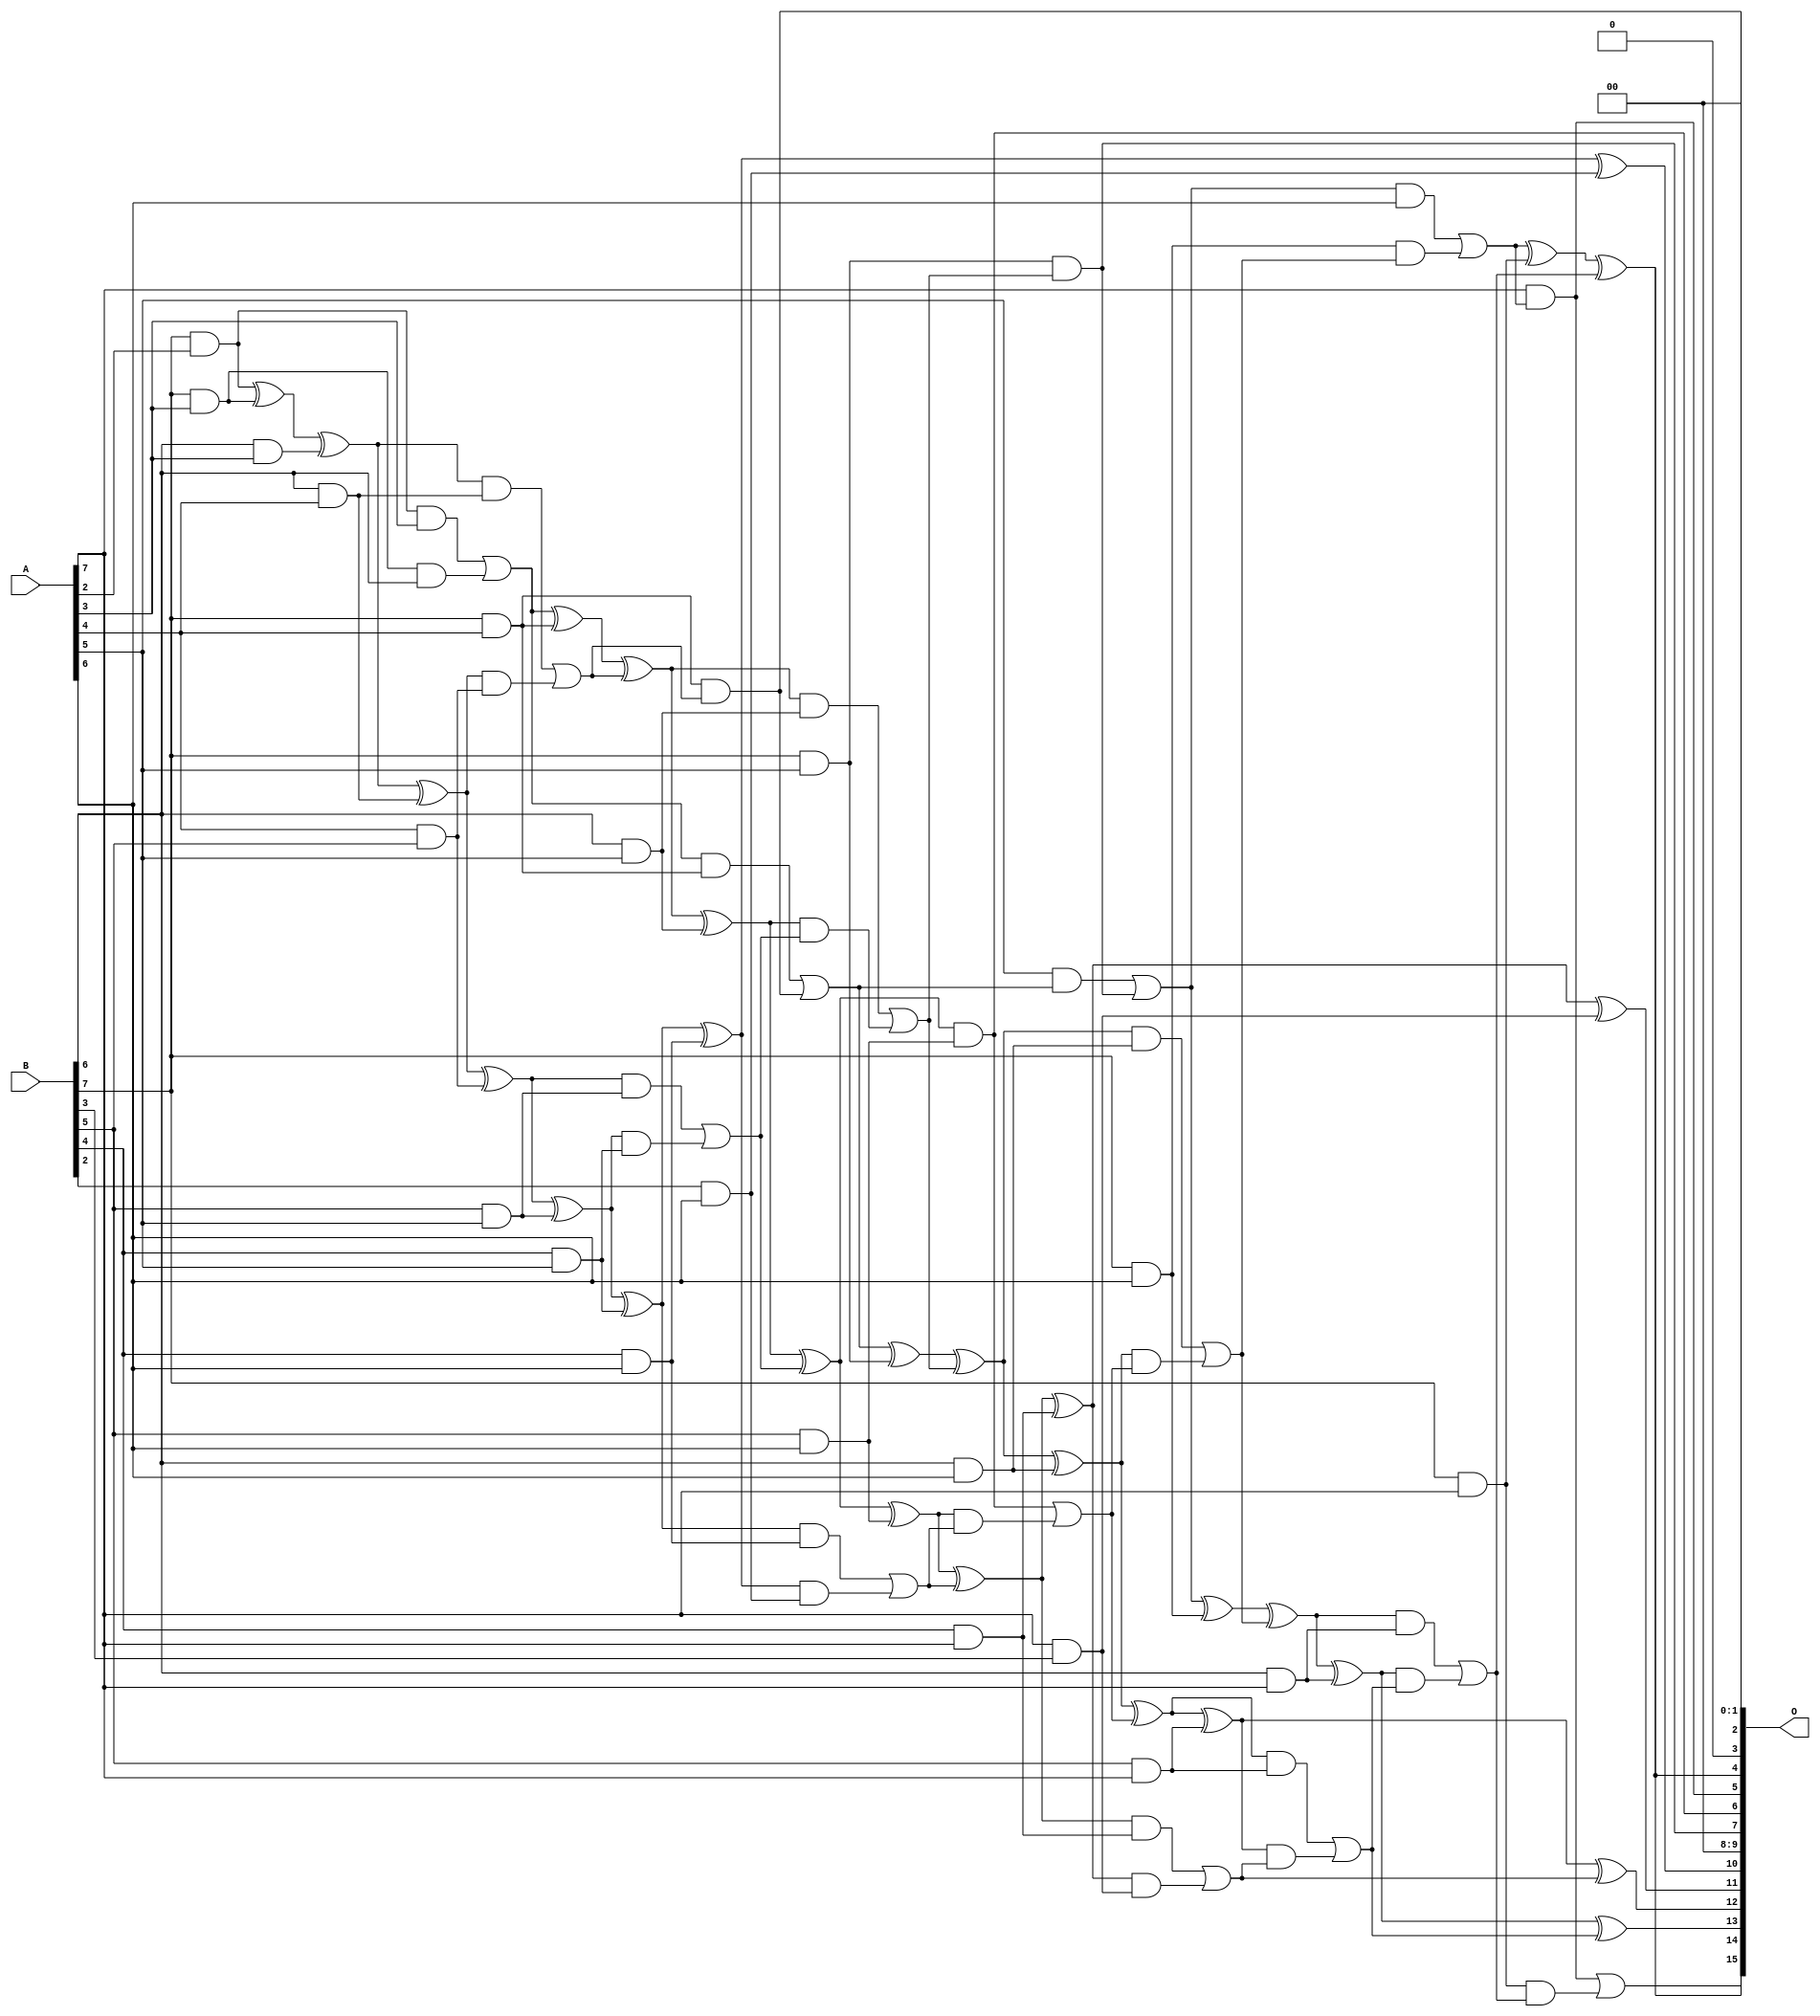
/***
* This code is a part of EvoApproxLib library (ehw.fit.vutbr.cz/approxlib) distributed under The MIT License.
* When used, please cite the following article(s): PRABAKARAN B. S., MRAZEK V., VASICEK Z., SEKANINA L., SHAFIQUE M. ApproxFPGAs: Embracing ASIC-based Approximate Arithmetic Components for FPGA-Based Systems. DAC 2020. 
***/
// MAE% = 0.66 %
// MAE = 436 
// WCE% = 2.93 %
// WCE = 1917 
// WCRE% = 300.00 %
// EP% = 99.03 %
// MRE% = 12.00 %
// MSE = 297163 
// FPGA_POWER = 0.51
// FPGA_DELAY = 9.4
// FPGA_LUT = 23

module mul8u_18G6 (
    A,
    B,
    O
);

input [7:0] A;
input [7:0] B;
output [15:0] O;

wire sig_111,sig_117,sig_118,sig_151,sig_152,sig_153,sig_154,sig_155,sig_162,sig_163,sig_187,sig_191,sig_192,sig_193,sig_194,sig_195,sig_196,sig_197,sig_198,sig_199;
wire sig_200,sig_205,sig_206,sig_207,sig_208,sig_209,sig_231,sig_232,sig_233,sig_234,sig_235,sig_236,sig_237,sig_238,sig_239,sig_240,sig_241,sig_243,sig_244,sig_245;
wire sig_249,sig_250,sig_251,sig_252,sig_253,sig_271,sig_272,sig_273,sig_274,sig_275,sig_276,sig_277,sig_278,sig_279,sig_280,sig_281,sig_282,sig_283,sig_284,sig_285;
wire sig_286,sig_287,sig_288,sig_289,sig_290,sig_295,sig_296,sig_297,sig_298,sig_302,sig_315,sig_316,sig_317,sig_318,sig_319,sig_320,sig_321,sig_322,sig_323,sig_324;
wire sig_325,sig_326,sig_327,sig_328,sig_329,sig_330,sig_331,sig_333,sig_334,sig_335;

assign sig_111 = B[7] & A[2];
assign sig_117 = B[6] & A[3];
assign sig_118 = B[7] & A[3];
assign sig_151 = sig_111 ^ sig_118;
assign sig_152 = sig_111 & A[3];
assign sig_153 = sig_118 & B[6];
assign sig_154 = sig_151 ^ sig_117;
assign sig_155 = sig_152 | sig_153;
assign sig_162 = B[6] & A[4];
assign sig_163 = B[7] & A[4];
assign sig_187 = A[4] & B[5];
assign sig_191 = sig_154 ^ sig_162;
assign sig_192 = sig_154 & sig_162;
assign sig_193 = sig_191 & sig_187;
assign sig_194 = sig_191 ^ sig_187;
assign sig_195 = sig_192 | sig_193;
assign sig_196 = sig_155 ^ sig_163;
assign sig_197 = sig_155 & sig_163;
assign sig_198 = sig_163 & sig_195;
assign sig_199 = sig_196 ^ sig_195;
assign sig_200 = sig_197 | sig_198;
assign sig_205 = B[4] & A[5];
assign sig_206 = B[5] & A[5];
assign sig_207 = B[6] & A[5];
assign sig_208 = B[7] & A[5];
assign sig_209 = A[5] & sig_200;
assign sig_231 = sig_194 ^ sig_206;
assign sig_232 = sig_194 & sig_206;
assign sig_233 = sig_231 & sig_205;
assign sig_234 = sig_231 ^ sig_205;
assign sig_235 = sig_232 | sig_233;
assign sig_236 = sig_199 ^ sig_207;
assign sig_237 = sig_199 & sig_207;
assign sig_238 = sig_236 & sig_235;
assign sig_239 = sig_236 ^ sig_235;
assign sig_240 = sig_237 | sig_238;
assign sig_241 = sig_200 ^ sig_208;
assign sig_243 = sig_208 & sig_240;
assign sig_244 = sig_241 ^ sig_240;
assign sig_245 = sig_209 | sig_243;
assign sig_249 = B[2] & A[6];
assign sig_250 = B[4] & A[6];
assign sig_251 = B[5] & A[6];
assign sig_252 = B[6] & A[6];
assign sig_253 = B[7] & A[6];
assign sig_271 = sig_234 ^ sig_250;
assign sig_272 = sig_234 & sig_250;
assign sig_273 = sig_271 & sig_249;
assign sig_274 = sig_271 ^ sig_249;
assign sig_275 = sig_272 | sig_273;
assign sig_276 = sig_239 ^ sig_251;
assign sig_277 = sig_239 & sig_251;
assign sig_278 = sig_276 & sig_275;
assign sig_279 = sig_276 ^ sig_275;
assign sig_280 = sig_277 | sig_278;
assign sig_281 = sig_244 ^ sig_252;
assign sig_282 = sig_244 & sig_252;
assign sig_283 = sig_281 & sig_280;
assign sig_284 = sig_281 ^ sig_280;
assign sig_285 = sig_282 | sig_283;
assign sig_286 = sig_245 ^ sig_253;
assign sig_287 = sig_245 & A[6];
assign sig_288 = sig_253 & sig_285;
assign sig_289 = sig_286 ^ sig_285;
assign sig_290 = sig_287 | sig_288;
assign sig_295 = B[4] & A[7];
assign sig_296 = B[5] & A[7];
assign sig_297 = B[6] & A[7];
assign sig_298 = B[7] & A[7];
assign sig_302 = A[7] & sig_290;
assign sig_315 = A[7] & B[3];
assign sig_316 = sig_279 ^ sig_295;
assign sig_317 = sig_279 & sig_295;
assign sig_318 = sig_316 & sig_315;
assign sig_319 = sig_316 ^ sig_315;
assign sig_320 = sig_317 | sig_318;
assign sig_321 = sig_284 ^ sig_296;
assign sig_322 = sig_284 & sig_296;
assign sig_323 = sig_321 & sig_320;
assign sig_324 = sig_321 ^ sig_320;
assign sig_325 = sig_322 | sig_323;
assign sig_326 = sig_289 ^ sig_297;
assign sig_327 = sig_289 & sig_297;
assign sig_328 = sig_326 & sig_325;
assign sig_329 = sig_326 ^ sig_325;
assign sig_330 = sig_327 | sig_328;
assign sig_331 = sig_290 ^ sig_298;
assign sig_333 = sig_298 & sig_330;
assign sig_334 = sig_331 ^ sig_330;
assign sig_335 = sig_302 | sig_333;

assign O[15] = sig_335;
assign O[14] = sig_334;
assign O[13] = sig_329;
assign O[12] = sig_324;
assign O[11] = sig_319;
assign O[10] = sig_274;
assign O[9] = 1'b0;
assign O[8] = 1'b0;
assign O[7] = sig_243;
assign O[6] = sig_277;
assign O[5] = sig_302;
assign O[4] = sig_334;
assign O[3] = 1'b0;
assign O[2] = sig_198;
assign O[1] = 1'b0;
assign O[0] = 1'b0;

endmodule